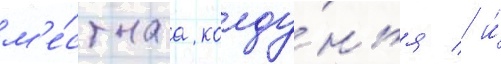
м'е́стнаа колду́нья / и́